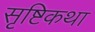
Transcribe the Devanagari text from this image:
सृष्टिकथा